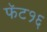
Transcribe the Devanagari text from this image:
फॅट१६